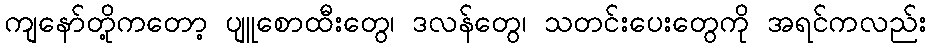
ကျနော်တို့ကတော့ ပျူစောထီးတွေ၊ ဒလန်တွေ၊ သတင်းပေးတွေကို အရင်ကလည်း